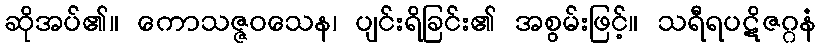
ဆိုအပ်၏။ ကောသဇ္ဇဝသေန၊ ပျင်းရိခြင်း၏ အစွမ်းဖြင့်။ သရီရပဋိဇဂ္ဂနံ